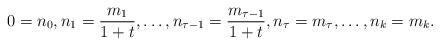
LaTeX: \begin{align*}&0=n_0,n_1=\frac{m_1}{1+t},\ldots,n_{\tau-1}=\frac{m_{\tau-1}}{1+t},n_{\tau}=m_{\tau},\ldots,n_{k}=m_k.\end{align*}